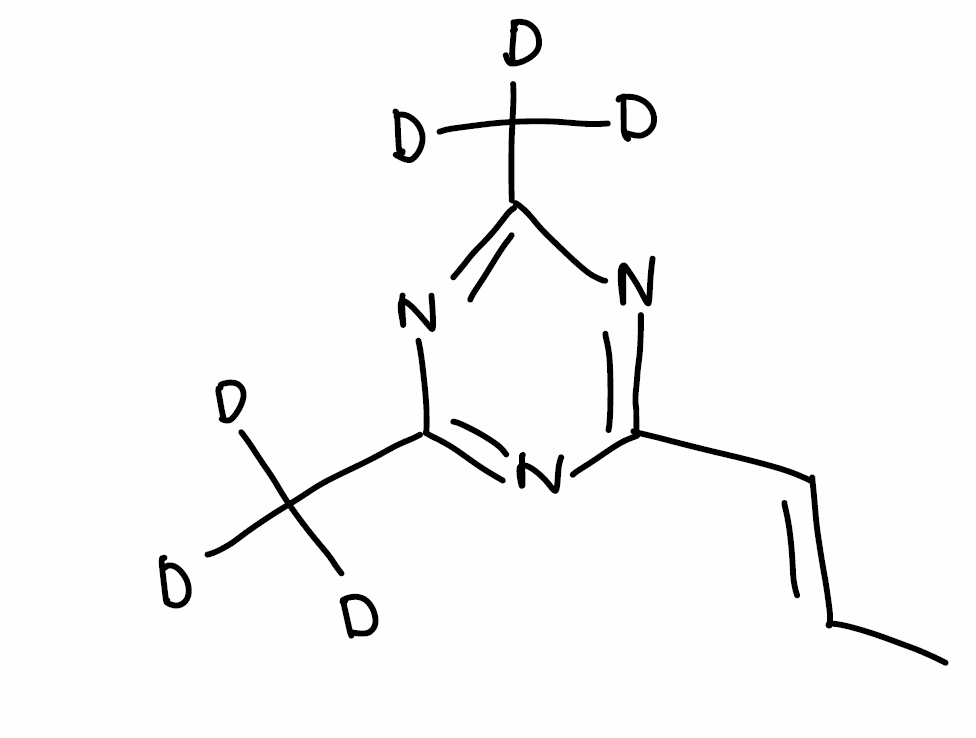
Simplified molecular-input line-entry system (SMILES) notation of the given molecule:
[2H]C([2H])([2H])C1=NC(=NC(=N1)/C=C/C)C([2H])([2H])[2H]